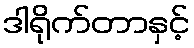
ဒါရိုက်တာနှင့်